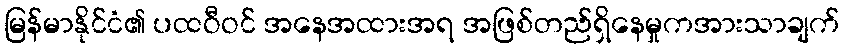
မြန်မာနိုင်ငံ၏ ပထဝီဝင် အနေအထားအရ အဖြစ်တည်ရှိနေမှုကအားသာချက်